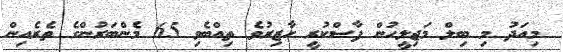
މިއަދު މި ބިލް މަޖިލީހުން ފާސްކުރީ ހާޒިރުވެ ތިއްބެވި 65 މެންބަރުންގެ ތެރެއިން